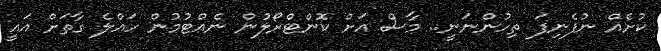
ކުށެއް ނުފެނިފަ ތިހުންނަނީ.. މާސް އަށް ކޮންޓްރޯލުން ނެއްޓުމުން ހައްލެ ގާތަށް އައީ